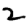
Digit: 2